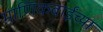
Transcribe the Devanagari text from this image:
माणिकबाईंच्या